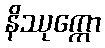
နိဿုက္ကော